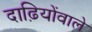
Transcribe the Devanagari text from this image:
दाढ़ियोंवाले